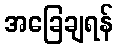
အခြေချရန်